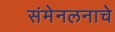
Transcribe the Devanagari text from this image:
संमेनलनाचे